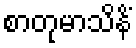
စာတုမာသိနိံ